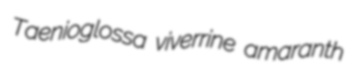
Taenioglossa viverrine amaranth